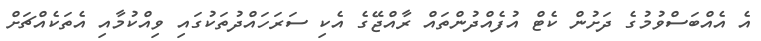
އެ އެއްބަސްވުމުގެ ދަށުން ކެޓް އުފެއްދުންތައް ރާއްޖޭގެ އެކި ސަރަހައްދުތަކުގައި ވިއްކުމާއި އެތަކެއްޗަށް